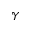
\mathscr { Y }